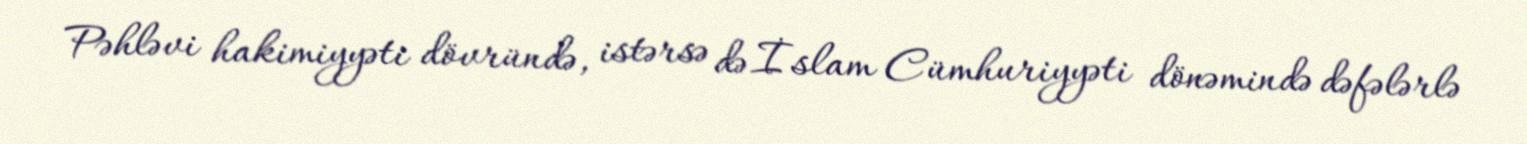
Pəhləvi hakimiyyəti dövründə, istərsə də İslam Cümhuriyyəti dönəmində dəfələrlə